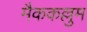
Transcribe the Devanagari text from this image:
मैककल्लुम